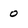
Character: 0